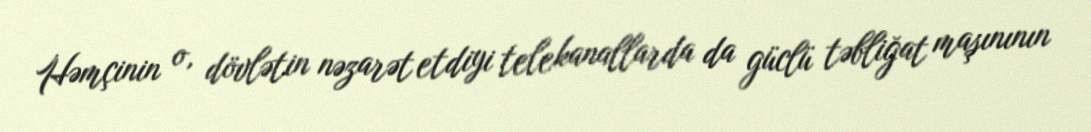
Həmçinin o, dövlətin nəzarət etdiyi telekanallarda da güclü təbliğat maşınının